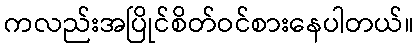
ကလည်းအပြိုင်စိတ်ဝင်စားနေပါတယ်။